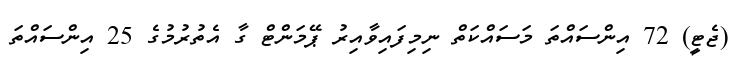
(ޖެޓީ) 72 އިންސައްތަ މަސައްކަތް ނިމިފައިވާއިރު ޕޭމަންޓް ގާ އެތުރުމުގެ 25 އިންސައްތަ